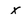
Character: X